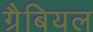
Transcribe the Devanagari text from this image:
ग्रैबियल